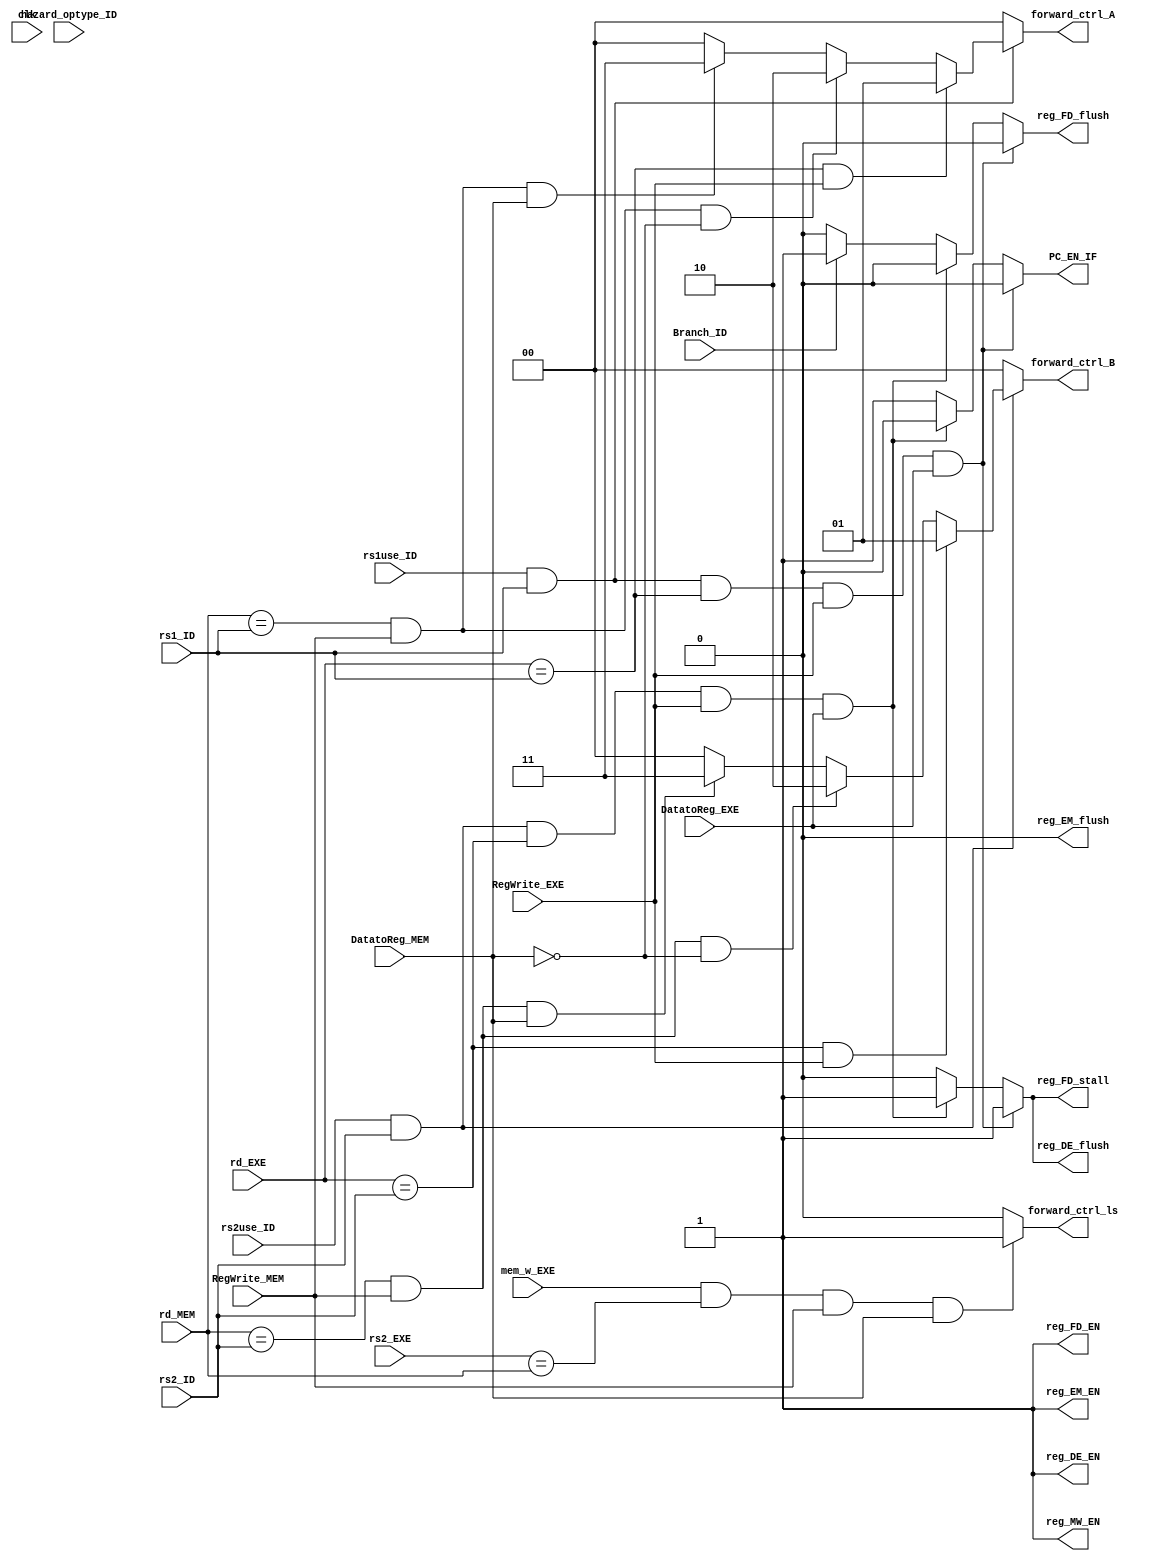
`timescale 1ps/1ps

module HazardDetectionUnit(
    input clk,
    input Branch_ID, rs1use_ID, rs2use_ID,
    input[1:0] hazard_optype_ID,
    
    input[4:0] rd_EXE, rd_MEM, rs1_ID, rs2_ID, rs2_EXE,
    
    output PC_EN_IF, reg_FD_EN, reg_FD_stall, reg_FD_flush,
        reg_DE_EN, reg_DE_flush, reg_EM_EN, reg_EM_flush, reg_MW_EN,
    
    output forward_ctrl_ls,
    
    
    output[1:0] forward_ctrl_A, forward_ctrl_B, //fwa fwb
    
    
    input mem_w_EXE,
             input DatatoReg_MEM,
         input DatatoReg_EXE,
         input RegWrite_EXE,
         input RegWrite_MEM
    
);
            //according to the diagram, design the Hazard Detection Unit



reg PC_EN_IF_, reg_FD_EN_, reg_FD_stall_, reg_FD_flush_,
    reg_DE_EN_, reg_DE_flush_, reg_EM_EN_, reg_EM_flush_, reg_MW_EN_;
reg forward_ctrl_ls_;
reg[1:0] forward_ctrl_A_, forward_ctrl_B_;

initial
  begin
    PC_EN_IF_ = 0;
    reg_FD_EN_ = 0;
    reg_FD_stall_ = 0;
    reg_FD_flush_ = 0;
    reg_DE_EN_ = 0;
    reg_DE_flush_ = 0;
    reg_EM_EN_ = 0;
    reg_EM_flush_ = 0;
    reg_MW_EN_ = 0;
    forward_ctrl_ls_ = 0;
    forward_ctrl_A_ = 0;
    forward_ctrl_B_ = 0;
  end

always @ *
  begin
    // rs1
    if (rs1use_ID && rs1_ID)
      begin
        if (rd_EXE == rs1_ID && RegWrite_EXE) //ALU first operand from EXE stage
          begin
            forward_ctrl_A_ <= 2'b01;
          end
        else if (rd_MEM == rs1_ID && RegWrite_MEM && ~DatatoReg_MEM) //ALU first operand from MEM stage and not a load!
          begin
            forward_ctrl_A_ <= 2'b10;
          end
        else if (rd_MEM == rs1_ID && RegWrite_MEM && DatatoReg_MEM) //ALU first operand from MEM stage and a load! 
          begin
            forward_ctrl_A_ <= 2'b11;
          end
        else
          begin
            forward_ctrl_A_ <= 0;
          end
      end
    else
      begin
        forward_ctrl_A_ <= 0;
      end

    // rs2
    if (rs2use_ID && rs2_ID)
      begin
        if (rd_EXE == rs2_ID && RegWrite_EXE)
          begin
            forward_ctrl_B_ <= 2'b01;
          end
        else if (rd_MEM == rs2_ID && RegWrite_MEM && ~DatatoReg_MEM)
          begin
            forward_ctrl_B_ <= 2'b10;
          end
        else if (rd_MEM == rs2_ID && RegWrite_MEM && DatatoReg_MEM)
          begin
            forward_ctrl_B_ <= 2'b11;
          end
        else
          begin
            forward_ctrl_B_ <= 0;
          end
      end
    else
      begin
        forward_ctrl_B_ <= 0;
      end

    // ls load & store hazard. load in MEM stage and store in EXE stage
    if (mem_w_EXE && rs2_EXE == rd_MEM && RegWrite_MEM && DatatoReg_MEM)
      begin
        forward_ctrl_ls_ <= 1'b1;
      end
    else
      begin
        forward_ctrl_ls_ <= 0;
      end

    // stall
    // stall for data hazard, flush for control hazard
    if (rs1use_ID && rs1_ID && rd_EXE == rs1_ID && RegWrite_EXE && DatatoReg_EXE) // load in EXE stage and R1 used in ID
      begin
        PC_EN_IF_ <= 0;
        reg_FD_stall_ <= 1;
        reg_DE_flush_ <= 1;
        reg_FD_flush_ <= 0;
      end
    else if (rs2use_ID && rs2_ID && rd_EXE == rs2_ID && RegWrite_EXE && DatatoReg_EXE) //load in EXE stage and R2 used in ID
      begin
        PC_EN_IF_ <= 0;
        reg_FD_stall_ <= 1;
        reg_DE_flush_ <= 1;
        reg_FD_flush_ <= 0;
      end
    else if (Branch_ID)
      begin
        reg_FD_flush_ <= 1;
        PC_EN_IF_ <= 1;
        reg_FD_stall_ <= 0;
        reg_DE_flush_ <= 0;
      end
    else
      begin
        PC_EN_IF_ <= 1;
        reg_FD_flush_ <= 0;
        reg_FD_stall_ <= 0;
        reg_DE_flush_ <= 0;
      end

    // other
    reg_FD_EN_ = 1;
    reg_DE_EN_ = 1;
    reg_EM_EN_ = 1;
    reg_EM_flush_ = 0;
    reg_MW_EN_ = 1;
  end

assign PC_EN_IF = PC_EN_IF_;
assign reg_FD_EN = reg_FD_EN_;
assign reg_FD_stall = reg_FD_stall_;
assign reg_FD_flush = reg_FD_flush_;
assign reg_DE_EN = reg_DE_EN_;
assign reg_DE_flush = reg_DE_flush_;
assign reg_EM_EN = reg_EM_EN_;
assign reg_EM_flush = reg_EM_flush_;
assign reg_MW_EN = reg_MW_EN_;
assign forward_ctrl_ls = forward_ctrl_ls_;
assign forward_ctrl_A = forward_ctrl_A_;
assign forward_ctrl_B = forward_ctrl_B_;



endmodule